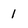
Character: 1